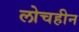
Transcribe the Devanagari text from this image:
लोचहीन